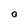
Character: 0